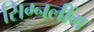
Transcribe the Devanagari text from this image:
सिग्नलींग